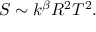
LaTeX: S \sim k ^ { \beta } R ^ { 2 } T ^ { 2 } .